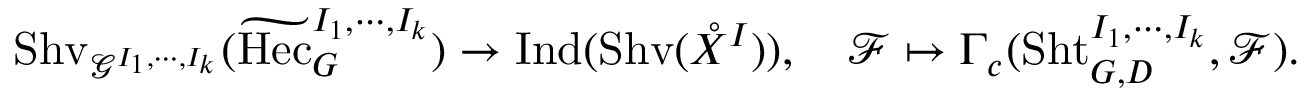
\mathrm { S h v } _ { \mathscr G ^ { I _ { 1 } , \cdots , I _ { k } } } ( \widetilde { \mathrm { H e c } } _ { G } ^ { I _ { 1 } , \cdots , I _ { k } } ) \rightarrow \mathrm { I n d } ( \mathrm { S h v } ( \mathring X ^ { I } ) ) , \quad \mathscr F \mapsto \Gamma _ { c } ( \mathrm { S h t } _ { G , D } ^ { I _ { 1 } , \cdots , I _ { k } } , \mathscr F ) .